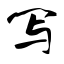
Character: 写